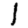
Digit: 1